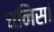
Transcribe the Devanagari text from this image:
धनिसां